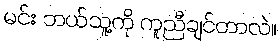
မင်း ဘယ်သူ့ကို ကူညီချင်တာလဲ။